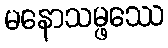
မနောသမ္ဖဿေ